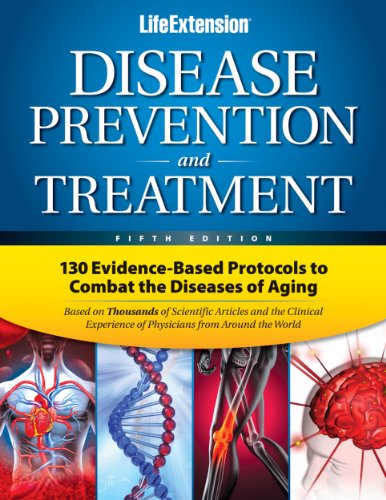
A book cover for Disease Prevention & Treatment 5th Edition; Life Extension; Health, Fitness & Dieting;